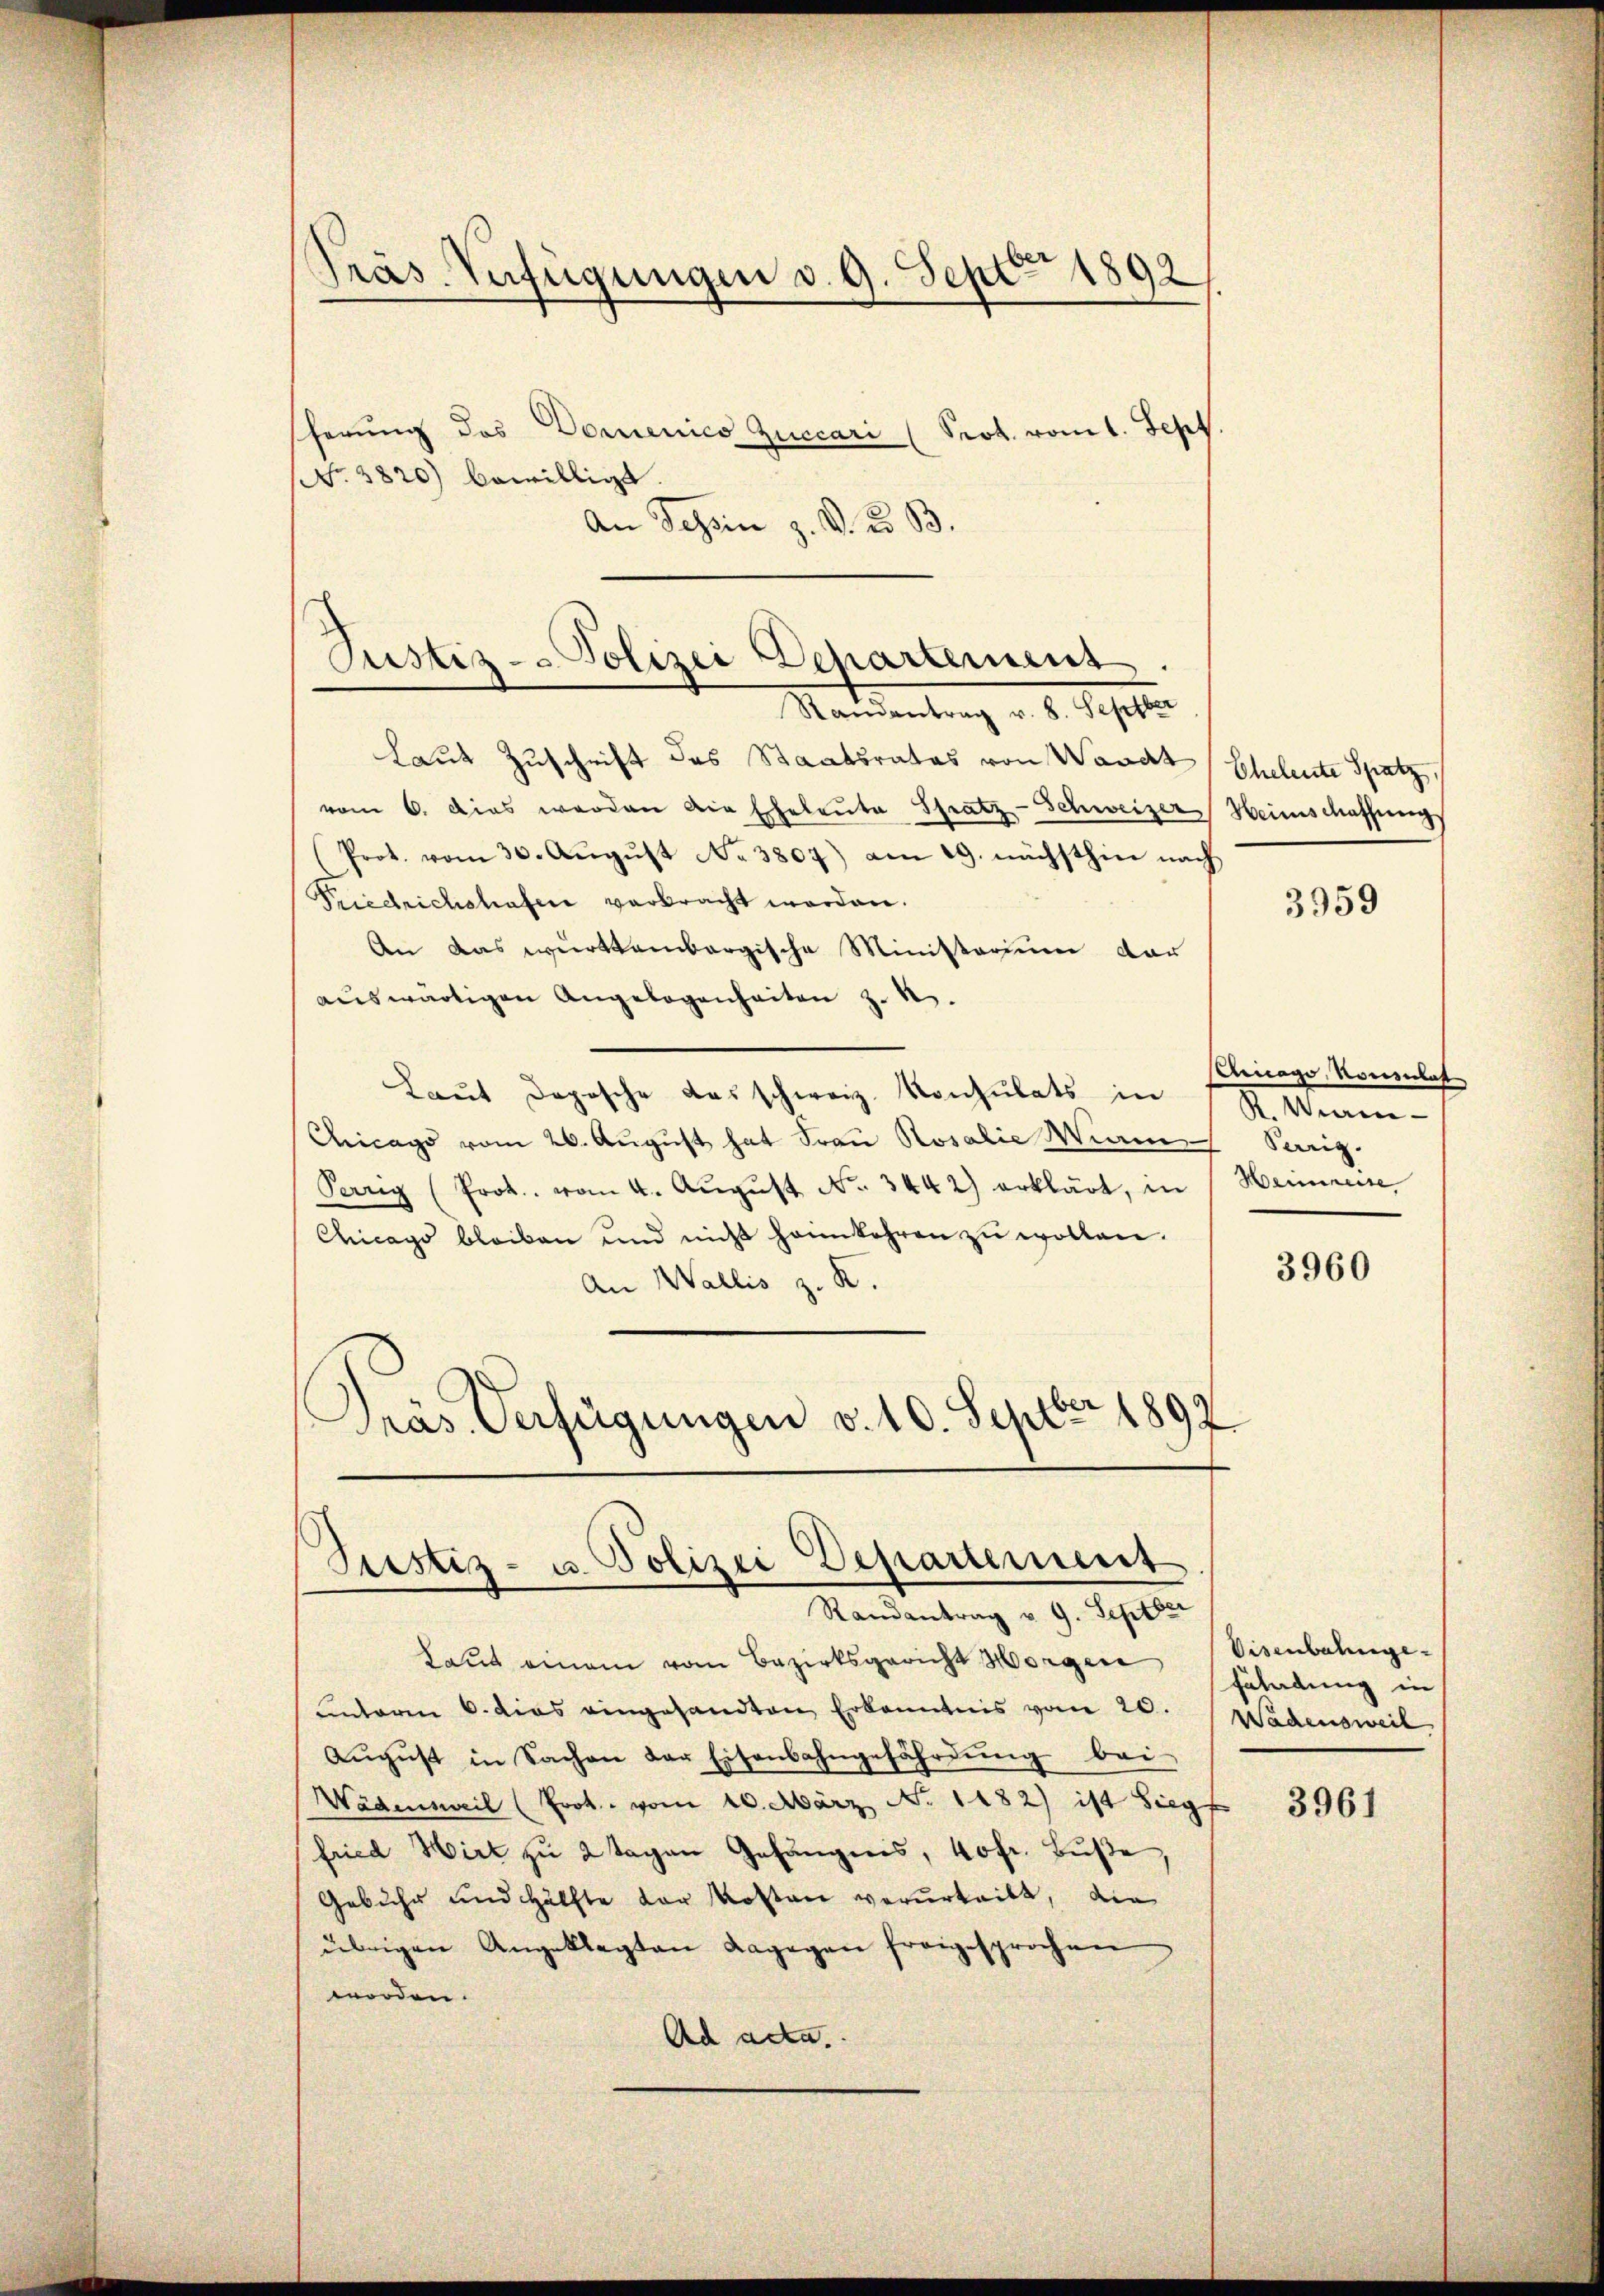
Gras Verfügungen d. 9. Sept 1892

scherung des Domenico Zuccari (Prok. vom 1. Sept.
No. 3820) bewilligt.
An Tessin z. V. d. B.

Justiz- & Polizei Departement

Randantrag v. 8. Septber
Laut Zuschrift des Staatsrates von Waadt
vom 6. dies werden die Eheleute Spatz-Schweizer Heimschaffungs
(Prot. vom 30. Aŭgŭst No 3807) am 19. nächsthin nach
Friedrichshafen verbracht worden.
An das württembergische Ministerium dar
aŭswärtigen Angelegenheiten z. B.
Laut dopische das schweiz. Konsulats in
R. Weine
Chicago vom 26. August hat Frau Rosalie Wann Serig.
Perrig (Prot. vom 4. Aŭgŭst No. 3442) erklärt, in Heimreise
Chicago bleiben und nicht heimkehren zŭ wollen.
3960
An Wallis z. R.
Präs. Verfügungen v. 10. Septer 1897

Justiz- u. Polizei Departement
Randantrag u. 9. Septber

Laut einem vom Bezirksgericht Horgen (Visenbahnge-
unterm 6. das eingesandten Erkanntnis vom 20. Wädensweil,
August in Sachen der Eisenbahngefährdung bei
Wädensweil (Prot. vom 10. März No. 1182) ist Siegf
fried Hirt zu 2 Tagen Gefängnis, 40 fr. Buße,
Gebühr und Hälfte der Kosten verurteilt, die
übrigen Angeklagten dagegen freigesprochen
worden.
Ad acta.

Eheleute Spatz

3959

Anago, Konsulat

fährdung in

3961